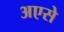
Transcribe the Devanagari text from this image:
अएसे